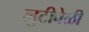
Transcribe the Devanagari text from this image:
लुटीवेळी